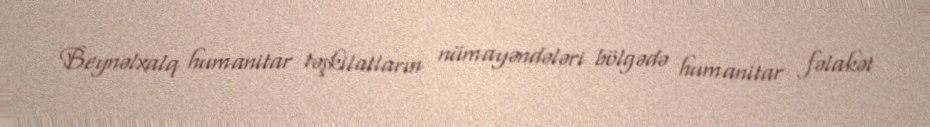
Beynəlxalq humanitar təşkilatların nümayəndələri bölgədə humanitar fəlakət